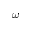
\omega